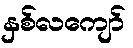
နှစ်လကျော်